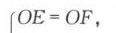
\(OE = OF,\)